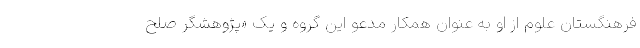
فرهنگستان علوم از او به عنوان همکار مدعو این گروه و یک «پژوهشگر صلح